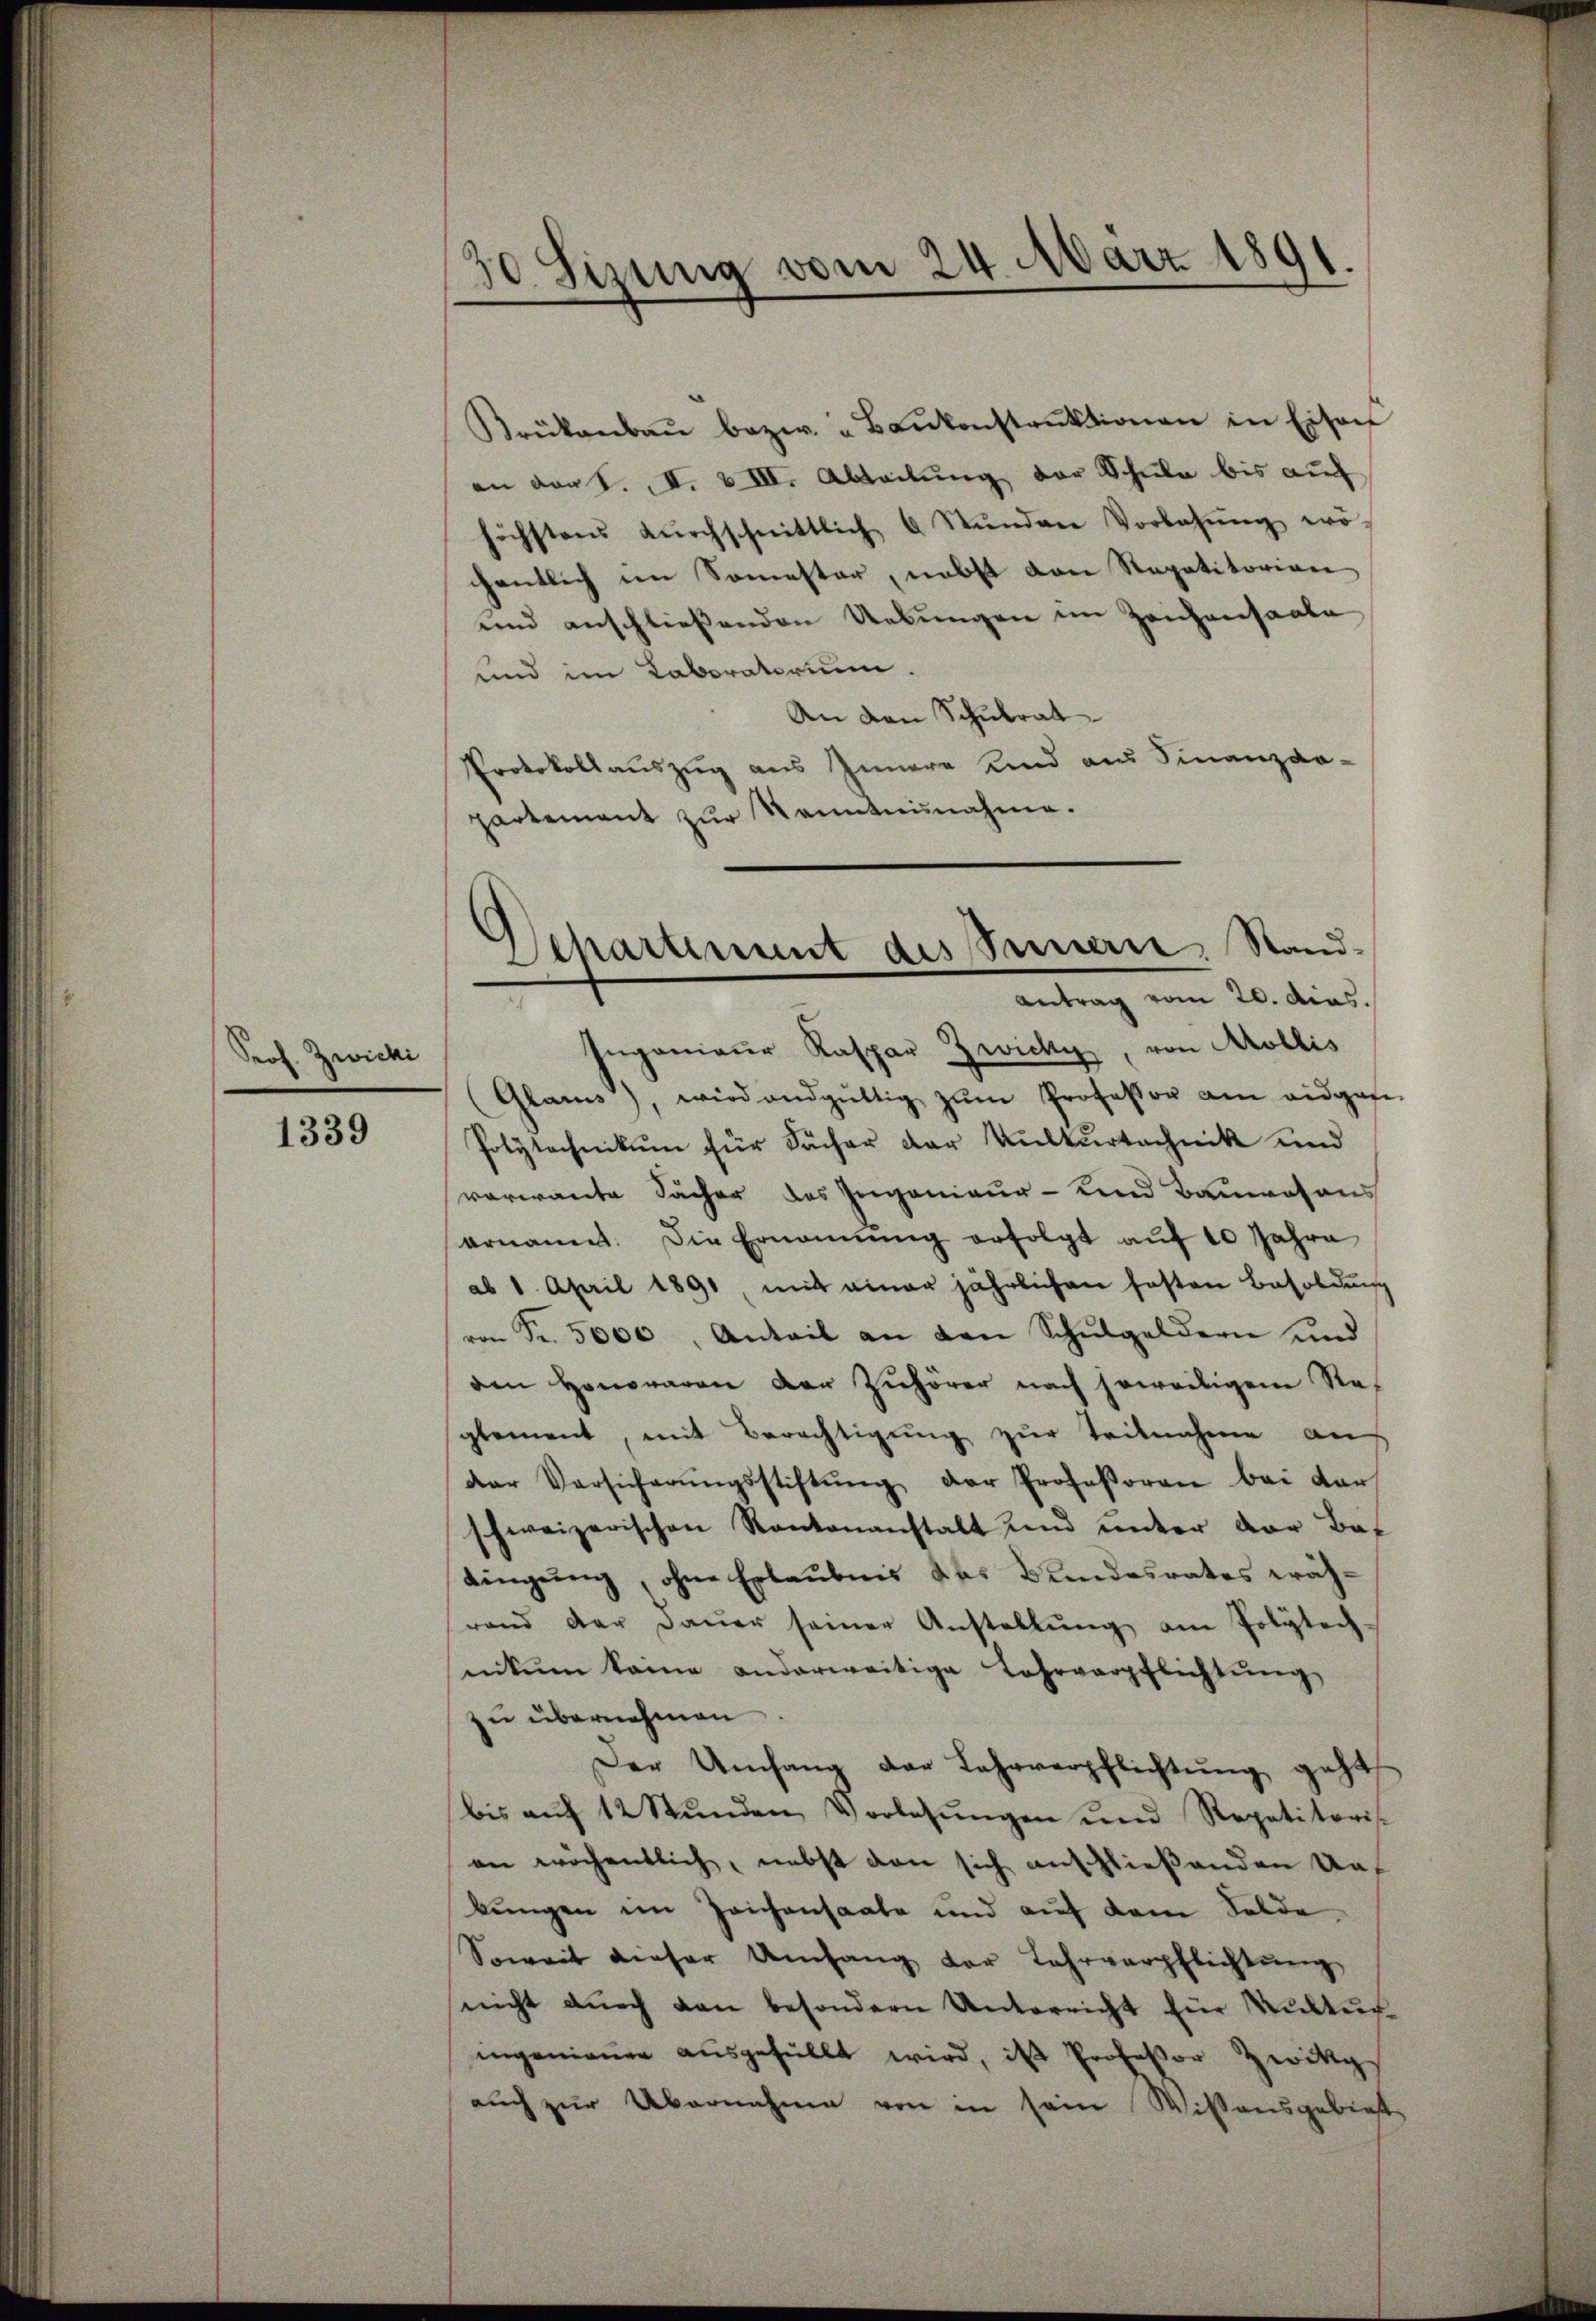
Prof. Zwicki

1339

Krükanbaŭ bezw. " Baŭkonstruktionen in Eisen
an der S. II. VIII. Abteilung der Schule bis auf
höchstens dŭrchschnittlich 6 Stŭnden Vorlegŭng wo
chentlich im Somester, nebst von Repetitorian
und anschließenden Uebungen im Zeichensaale
und im Laboratorium.
An den Schulrat
Protokollauszug aus Innere und aus Finanzda-
partement zŭr Kenntnisnahme.

Sizung vom 24. März 1891.

Departement des Innern, Stand-
Antrag vom 20. dies.

Ingenieur Kaspar Zwicke, von Mollis
(Glarus), wird endgültig zŭm Professor am eidgas-
Polytechnikum für Sacher der Kulturtechnik und
vorwante Sacher des Ingenieur- und Bauwesens
ornames. Die Ernannŭng erfolgt aŭf 10 Jahre
ab 1. April 1891, mit einer jährlichen festen Besoldŭng
von Fr. 5000, Anteil an den Schŭlgeldern und
den Honoraren der Zuhörer nach soweiligem Re-
glement, mit Berechtigung zur Teilnahme an
der Versicherŭngsstiftŭng der Professoren bei dar
schweizerischen Kantonanstalt und unter vor Bat
dingung, ohne Erlaubnis des Bundesrates währand der daŭer seiner Anstellŭng am Polytech-
nikum keine anderweitige Lahrverpflichtung
zu übernehmen
Der Umfang der Lehrverpflichtŭng geht,
bis aŭf 12 Stŭnden Vorlesŭngen und Repetitoris.
an wöchentlich, nebst von sich anschließenden Auf
bungen im Zeichensaale und auf dem Felde
Soweit dieser Umfang der Lehrverpflichtŭng
nicht dŭrch den besondern Unterricht für Kultur
ingeniaṅer aŭsgefüllt wird, ist Professor Zwitz
auch zur Übernahme von in sein Wissensgebiet